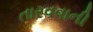
તારવવાની